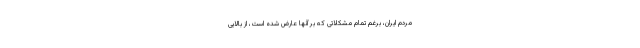
مردم ایران، برغم تمام مشکلاتی که بر آنها عارض شده است، از بالایی